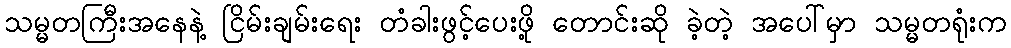
သမ္မတကြီးအနေနဲ့ ငြိမ်းချမ်းရေး တံခါးဖွင့်ပေးဖို့ တောင်းဆို ခဲ့တဲ့ အပေါ်မှာ သမ္မတရုံးက